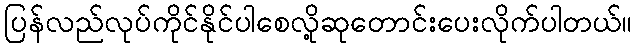
ပြန်လည်လုပ်ကိုင်နိုင်ပါစေလို့ဆုတောင်းပေးလိုက်ပါတယ်။